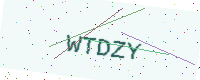
Text: WTDZY